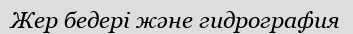
Жер бедері және гидрография